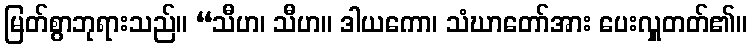
မြတ်စွာဘုရားသည်။ “သီဟ၊ သီဟ။ ဒါယကော၊ သံဃာတော်အား ပေးလှူတတ်၏။